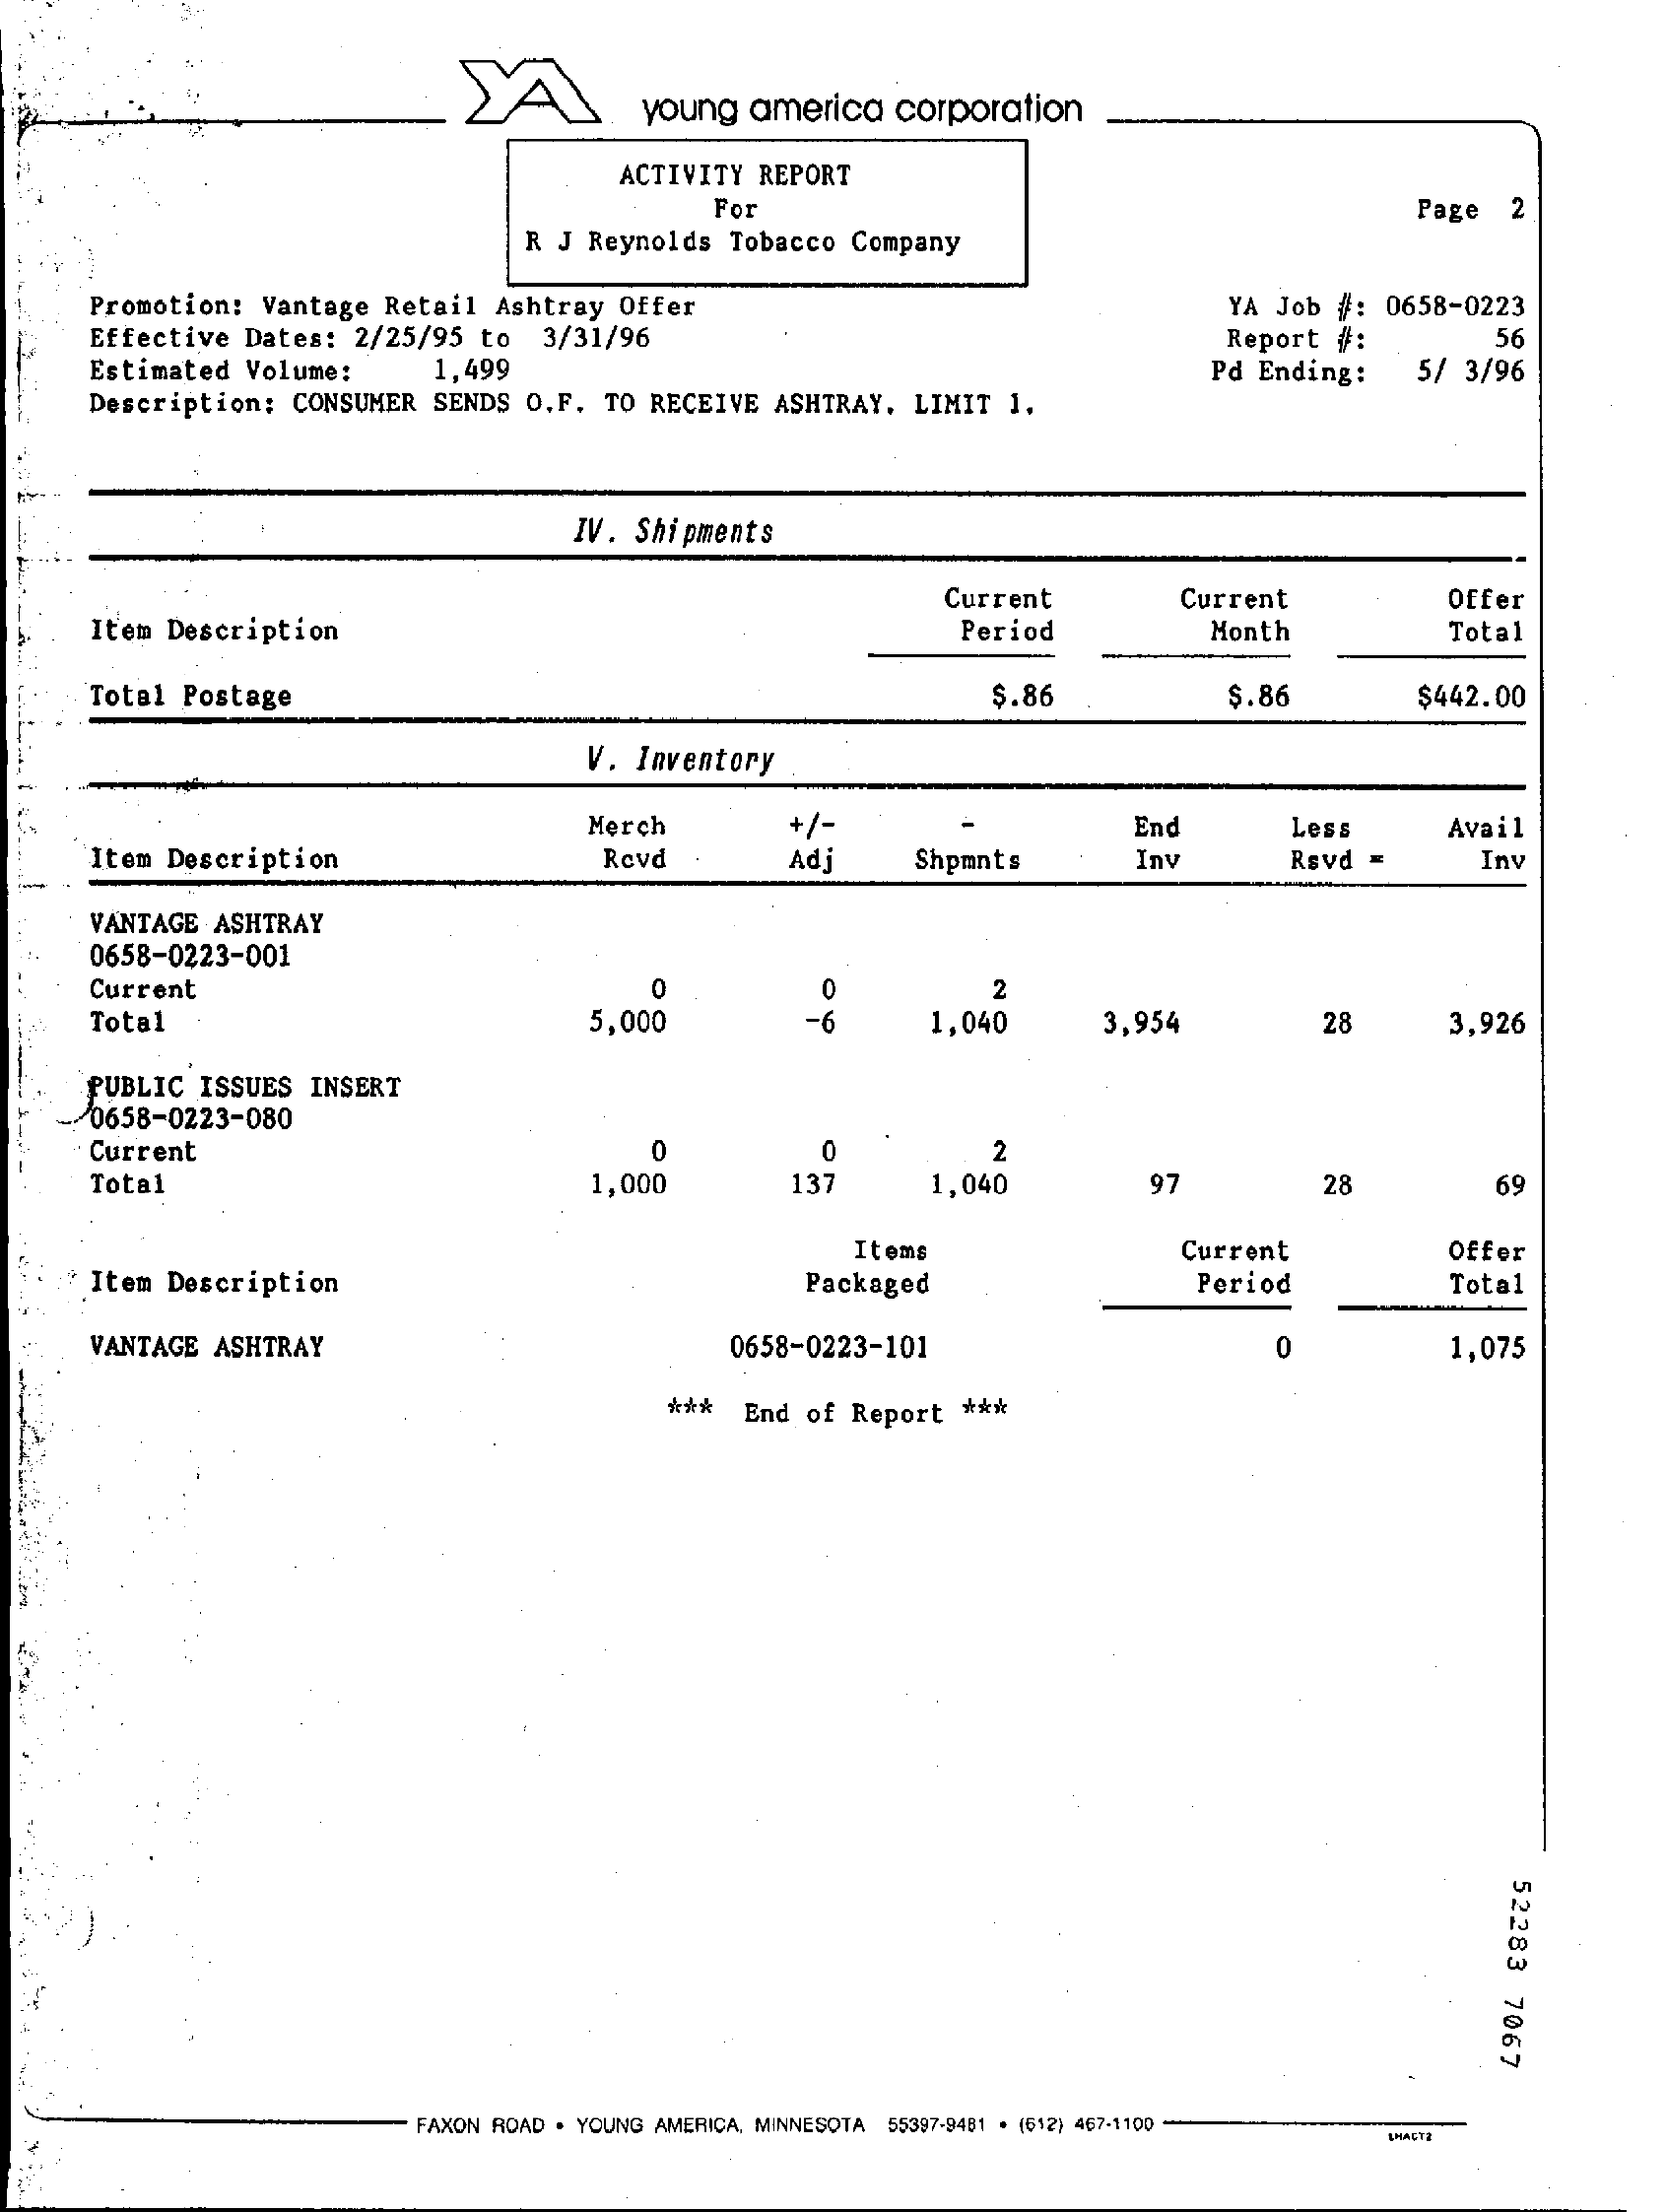
young   america    corporation
     ACTIVITY  REPORT
     For
     R J Reynolds   Tobacco  Company
     Page   2
     Promotion:   Vantage  Retail  Ashtray  Offer
     Effective  Dates:   2/25/95  to   3/31/96
     YA  Job #:  0658-0223
     56
     Estimated  Volume:    1,499
     Report  #:
     Pd Ending:    5/  3/96
     Description:   CONSUMER  SENDS  O.F.  TO  RECEIVE  ASHTRAY.  LIMIT   1.
     IV.  Shipments
     Item Description
     Current    Current    Offer
     Period    Month    Total
     Total  Postage    $.86    $.86    $442.00
     V. Inventory
     Merch    +/-    End    Less
     Item Description
     Avail
     Revd    Adj    Shpmnts    Inv    Rsvd  =    Inv
     VANTAGE  ASHTRAY
     0658-0223-001
     Current    0
     Total    5,000
     2
     1,040    3,954    28    3,926
     PUBLIC  ISSUES  INSERT
     0658-0223-080
     Current    0    0
     Total    1,000    137
     2
     1,040    97    28    69
     Items
     Item Description
     Current    Offer
     Packaged    Period    Total
     VANTAGE  ASHTRAY    0658-0223-101    0    1,075
     ***   End of  Report  ***
     52283
     7067
     FAXON ROAD . YOUNG AMERICA, MINNESOTA 55397-9481 . (612) 467-1100